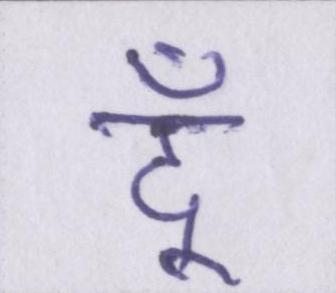
दूँ